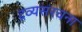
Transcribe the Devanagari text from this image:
द्रव्यसंरचना